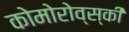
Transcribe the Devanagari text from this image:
कोमोरोव्स्की